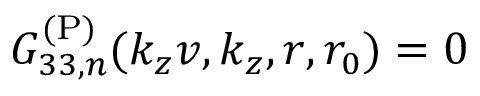
G _ { 3 3 , n } ^ { \mathrm { ( P ) } } ( k _ { z } v , k _ { z } , r , r _ { 0 } ) = 0